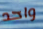
واحد